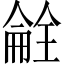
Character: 𫣝